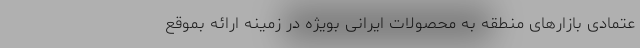
عتمادی بازارهای منطقه به محصولات ایرانی بویژه در زمینه ارائه بموقع